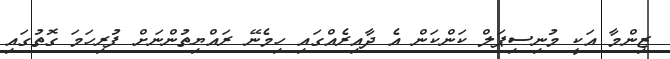
ޒިންމާ އަކީ މުނިސިޕަލް ކަންކަން އެ ދާއިރެއްގައި ހިމެނޭ ރައްޔިތުންނަށް ފުރިހަމަ ގޮތުގައި